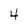
Character: 4